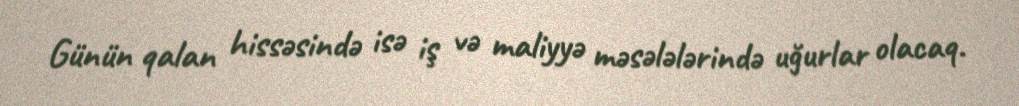
Günün qalan hissəsində isə iş və maliyyə məsələlərində uğurlar olacaq.